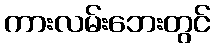
ကားလမ်းဘေးတွင်